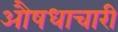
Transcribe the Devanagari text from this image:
औषधाचारी